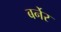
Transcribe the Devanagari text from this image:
बर्नेर